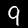
Label: 9